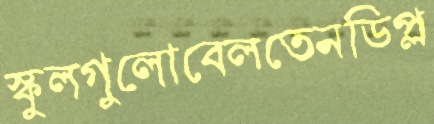
স্কুলগুলোবেলতেনডিপ্ল